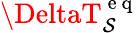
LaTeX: \DeltaT_{\mathcal{S}}^{\mathrm{{~e~q~}}}